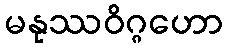
မနုဿဝိဂ္ဂဟော